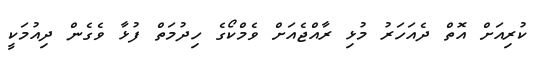
ކުރިއަށް އޮތް ދެއަހަރު މުޅި ރާއްޖެއަށް ވެމްކޯގެ ހިދުމަތް ފުޅާ ވެގެން ދިއުމަކީ